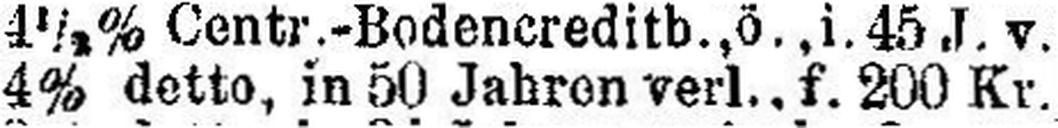
4% detto, in 50 Jahren verl., f. 200 Kr.